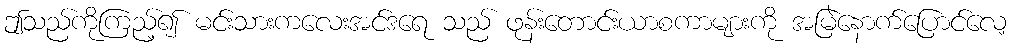
ဤသည်ကိုကြည့်၍ မင်းသားကလေးအင်ဒရေ သည် ဖုန်းတောင်းယာစကာများကို အမြဲနောက်ပြောင်လေ့